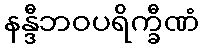
နန္ဒီဘဝပရိက္ခီဏံ